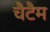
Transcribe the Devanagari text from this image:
चैटैम